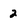
Character: 2